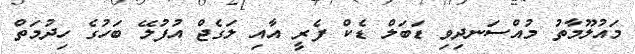
މައުލޫމާތު މުއްސަނދިވި ޑަބަލް ޑެކް ފެރީ އާއި ލަގެޖް އުފުލޭ ބަހުގެ ހިދުމަތް